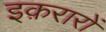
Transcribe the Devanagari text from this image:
इक़रारों